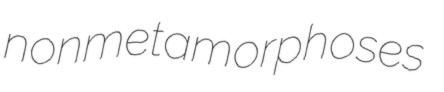
nonmetamorphoses